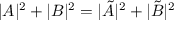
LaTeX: | A | ^ { 2 } + | B | ^ { 2 } = | \tilde { A } | ^ { 2 } + | \tilde { B } | ^ { 2 }